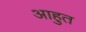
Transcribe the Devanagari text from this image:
आहुत